Report on sanitation, dispensaries, and jails in Rajputana for 1921, and on vaccination for the year 1921-1922 - 1921-1922
Year: 1921
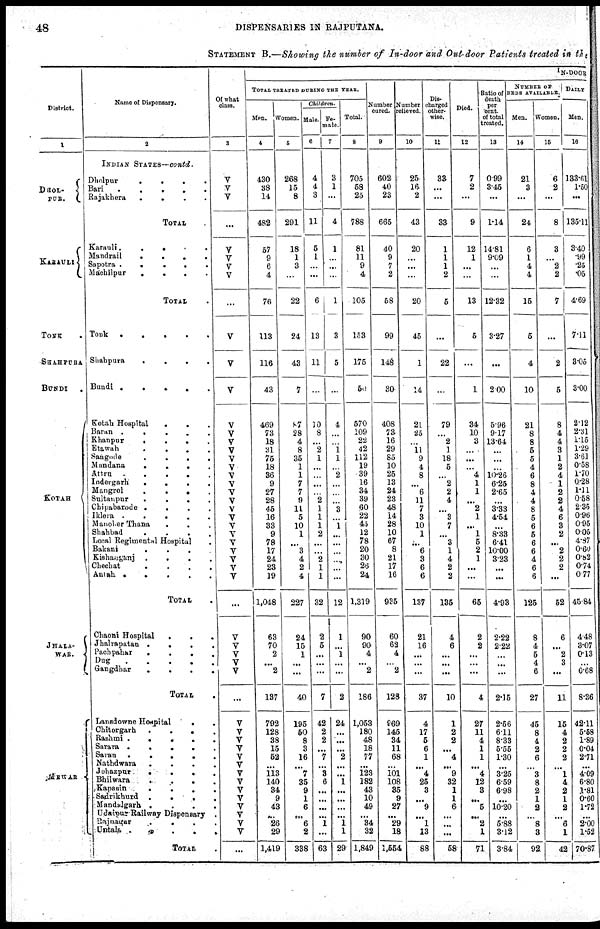
48
DISPENSARIES IN RAJPUTANA.
STATEMENT B.—Showing the number of In-door and Out-door Patients treated in the
District.
1
DHOL¬
PUR.
KARAULI
TONK .
SHAHPURA
BUNDI
KOTAH
JHALA¬
WAR.
MEWAR
Name of Dispensary.
2
INDIAN STATES—contd.
Dholpur
.
.
.
.
Bari
.
.
.
.
.
Rajakhera
.
. . .
TOTAL .
Karauli.
.
.
.
Mandrail
.
.
.
.
Sapotra . . . .
Machilpur
.
.
.
.
TOTAL .
Tonk
.
.
. . .
Shahpura
.
.
.
.
Bundi .
.
. .
.
.
Kotah Hospital
.
. .
Baran .
.
.
.
.
Khanpur.
.
.
.
Etawah
. . . .
Sangode
.
.
.
.
Mandans
.
.
.
.
Attru
. . . .
Indergarh
.
.
.
.
Mangrol
.
.
.
.
Sultanpur
.
.
.
.
Chipabarode .
.
.
.
Iklera .
.
.
.
.
Manoher Thana . . .
Shahbad
.
.
.
.
Local Regimental Hospital .
Bakani
.
.
.
Kishanganj .
.
.
.
Chechat
.
.
.
.
Antah .
.
.
.
.
TOTAL .
Chaoni Hospital
.
.
.
Jhalrapatan .
.
.
.
Pachpahar
.
.
.
.
Dug
.
.
.
.
.
Gangdhar
.
.
.
.
TOTAL .
Lansdowne Hospital
. .
Chitorgarh
.
.
.
.
Rashmi .
.
.
.
.
Sarara .
.
.
.
.
Savan .
.
.
.
.
Nathdwara
.
.
.
.
Johazpur
.
.
.
.
Bhilwara
.
.
.
.
Kapasin
.
.
.
.
Sadrikhurd .
.
.
.
Mandalgarh .
.
.
.
Udaipur Railway Dispensary .
Rajnagar
.
.
.
.
Untals .
.
.
.
.
TOTAL .
Of what
class.
3
V
V
V
...
V
V
V
V
...
V
V
V
V
V
V
V
V
V
V
V
V
V
V
V
V
V
V
V
V
V
V
...
V
V
V
V
V
...
V
V
V
V
V
V
V
V
V
V
V
V
V
V
...
IN-DOOR
TOTAL TREATED DURING THE YEAR.
Men.
4
430
38
11
482
57
9
6
4
76
113
116
43
469
73
18
31
75
18
36
9
27
28
45
16
33
9
78
17
24
23
19
1,048
63
70
2
...
2
137
792
128
38
15
52
...
113
140
34
9
43
...
26
29
1,419
Women.
5
268
15
8
291
18
1
3
...
22
24
43
7
87
28
4
8
35
1
1
7
7
9
11
5
10
1
...
3
4
2
4
227
24
15
1
...
...
40
195
60
8
3
16
...
7
35
9
1
6
...
6
2
338
Children.
Male.
6
4
4
3
11
5
1
...
...
6
13
11
...
10
8
...
2
1
...
...
...
...
2
1
1
1
2
...
...
2
1
1
32
2
5
...
...
...
7
42
2
2
...
7
...
3
6
...
...
...
...
1
...
63
Fe-
male.
7
3
1
...
4
1
...
...
...
1
3
5
...
4
...
...
1
1
...
2
...
...
...
3
...
1
...
...
...
...
...
...
12
1
...
1
...
...
2
24
...
...
...
2
...
. ..
1
...
...
...
...
1
1
29
Total.
8
705
58
25
788
81
11
9
4
105
153
175
50
570
109
22
42
112
19
39
116
34
39
60
22
45
12
78
20
30
26
24
1,319
90
90
4
...
2
186
1,053
180
48
18
77
...
123
182
43
10
49
...
34
32
1,849
Number
cured.
9
602
40
23
665
40
9
7
2
58
99
148
30
408
73
16
29
85
10
25
13
24
23
48
14
28
10
67
8
21
17
16
935
60
62
4
...
2
128
969
145
34
11
68
...
101
108
35
9
27
...
29
18
1,554
Number
relieved.
10
25
16
2
43
20
...
...
...
20
45
1
14
21
25
...
11 9
4
8
...
6
11
7
3
10
1
...
6
3
6
6
137
21
16
...
...
...
37
4
17
5
6
1
...
4
25
3
...
9
...
1
13
88
Dis-
charged
other-
wise.
11
33
...
...
33
1
1
1
2
5
...
22
...
79
...
2
1
18
5
...
2
2
4
...
3
7
...
3
1
4
2
2
135
4
6
...
...
...
10
1
2
2
...
4
...
9
32
1
1
6
...
...
...
58
Died.
12
7
2
...
9
12
1
...
...
13
5
...
1
34
10
3
...
...
...
4
1
1
...
2
1
...
1
5
2
1
...
...
65
2
2
...
...
...
4
27
11
4
1
1
...
4
12
3
...
5
...
2
1
71
Ratio of
death
per
cent.
of total
treated.
13
0.99
3.45
...
1.14
1481
9.09
...
...
12.32
3.27
...
2.00
5.96
9.17
13.64
...
...
...
10.26
6.25
2.65
...
3.33
4.54
...
8.33
6.41
10.00
3.23
...
...
4.93
2.22
2.22
...
...
...
2.15
2.56
6.11
8.33
5.55
1.30
...
3.25
6.59
6.98
...
10.20
...
5.88
3.12
3.84
NUMBER OF
BEDS AVAILABLE.
Men.
14
21
3
...
24
6
1
4
4
15
5
4
10
21
8
8
5
5
4
6
8
4
4
8
5
6
5
6
6
4
6
6
125
8
4
5
4
6
27
45
8
4
2
6
...
3
8
2
1
2
...
8
3
92
Women.
15
6
2
...
8
3
... 2
2
7
...
2
5
8
4
4
3
1
2
4
1
2
2
4
6
3
2
...
2
2
2
...
52
6
...
2
3
...
11
15
4
2
2
2
...
1
4
2
1
2
...
6
1
42
DAILY
Men.
16
133.61
1.50
...
135.11
3.40
.99
.25
.05
4.69
7.11
3.05
3.00
2.12
2.31
1.15
1.29
3.61
0.58
1.70
0.28
1.11
0.58
2.35
0.96
0.95
0.05
4.87
0.60
0.82
0.74
0.77
45.84
4.48
3.07
0.13
...
0.68
8.36
42.11
5.58
1.89
0.04
2.71
...
4.09
6.80
1.81
0.60
1.72
...
2.00
1.52
70.87